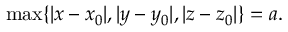
\operatorname* { m a x } \{ | x - x _ { 0 } | , | y - y _ { 0 } | , | z - z _ { 0 } | \} = a .